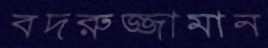
বদরুজ্জামান